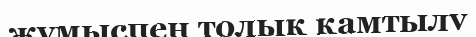
жұмыспен толық қамтылу